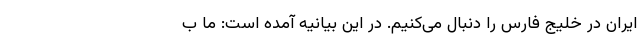
ایران در خلیج فارس را دنبال می‌کنیم. در این بیانیه آمده است: ما ب